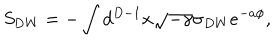
LaTeX: S _ { \mathrm { D W } } = - \int d ^ { D - 1 } x \sqrt { - \gamma } \sigma _ { D W } e ^ { - a \phi } ,